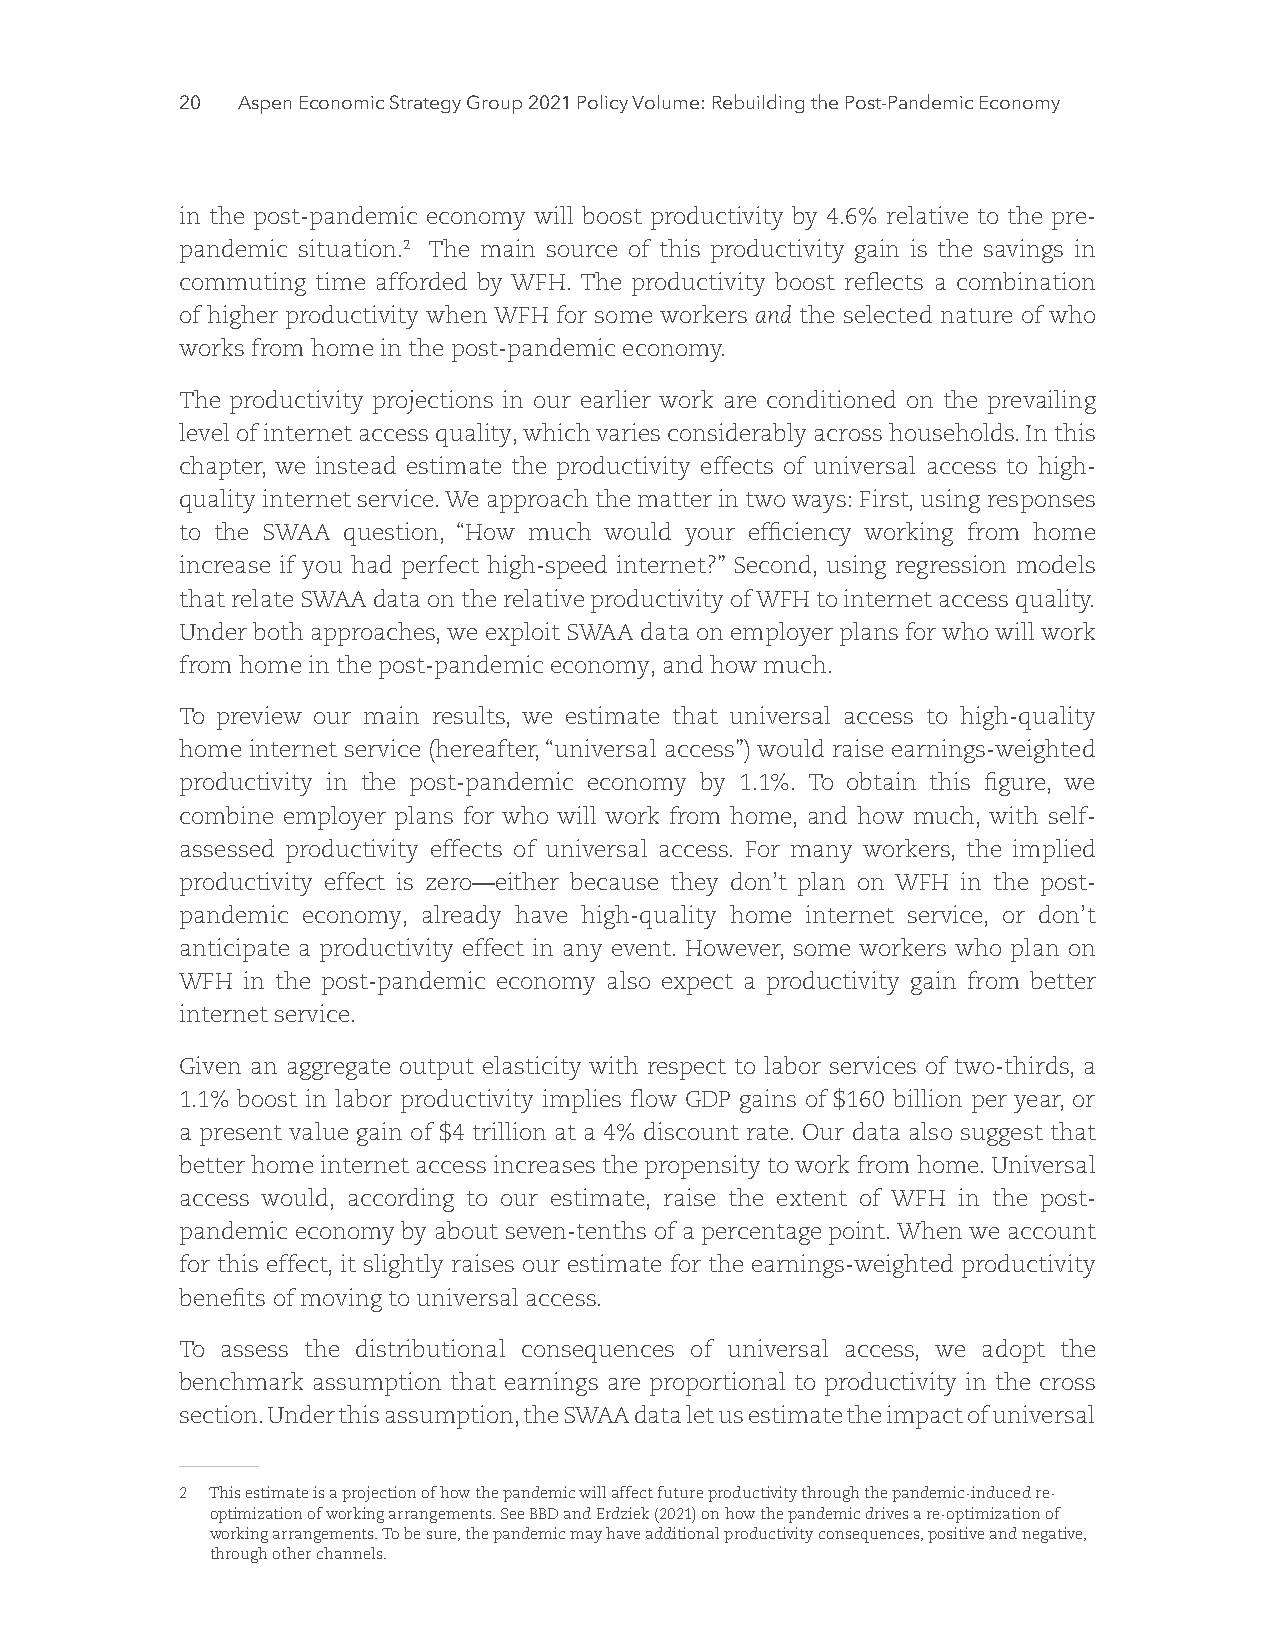
20  Part I: The Post-Pandemic Economic Recovery
 in the post-pandemic economy will boost productivity by 4.6% relative to the pre-
 pandemic situation.2 The main source of this productivity gain is the savings in
 commuting time afforded by WFH. The productivity boost reflects a combination
 of higher productivity when WFH for some workers and the selected nature of who
 works from home in the post-pandemic economy.
 The productivity projections in our earlier work are conditioned on the prevailing
 level of internet access quality, which varies considerably across households. In this
 chapter, we instead estimate the productivity effects of universal access to high-
 quality internet service. We approach the matter in two ways: First, using responses
 to the SWAA question, “How much would your efficiency working from home
 increase if you had perfect high-speed internet?” Second, using regression models
 that relate SWAA data on the relative productivity of WFH to internet access quality.
 Under both approaches, we exploit SWAA data on employer plans for who will work
 from home in the post-pandemic economy, and how much.
 To preview our main results, we estimate that universal access to high-quality
 home internet service (hereafter, “universal access”) would raise earnings-weighted
 productivity in the post-pandemic economy by 1.1%. To obtain this figure, we
 combine employer plans for who will work from home, and how much, with self-
 assessed productivity effects of universal access. For many workers, the implied
 productivity effect is zero—either because they don’t plan on WFH in the post-
 pandemic economy, already have high-quality home internet service, or don’t
 anticipate a productivity effect in any event. However, some workers who plan on
 WFH in the post-pandemic economy also expect a productivity gain from better
 internet service.
 Given an aggregate output elasticity with respect to labor services of two-thirds, a
 1.1% boost in labor productivity implies flow GDP gains of $160 billion per year, or
 a present value gain of $4 trillion at a 4% discount rate. Our data also suggest that
 better home internet access increases the propensity to work from home. Universal
 access would, according to our estimate, raise the extent of WFH in the post-
 pandemic economy by about seven-tenths of a percentage point. When we account
 for this effect, it slightly raises our estimate for the earnings-weighted productivity
 benefits of moving to universal access.
 To assess the distributional consequences of universal access, we adopt the
 benchmark assumption that earnings are proportional to productivity in the cross
 section. Under this assumption, the SWAA data let us estimate the impact of universal
 2 This estimate is a projection of how the pandemic will affect future productivity through the pandemic-induced re-
 optimization of working arrangements. See BBD and Erdziek (2021) on how the pandemic drives a re-optimization of
 working arrangements. To be sure, the pandemic may have additional productivity consequences, positive and negative,
 through other channels.